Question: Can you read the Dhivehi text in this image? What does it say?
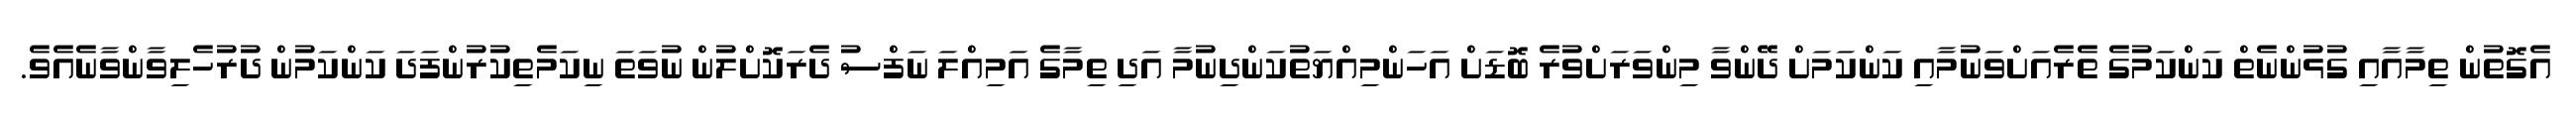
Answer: އެގޮތުން ތިމާއާއި ގުޅުންނެތް ކަންކަމުގެ ތެރެއަށްވަނުމާއި ކަންކަމަށް ދޭންވާ މިންވަރަށްވުރެ ބޮޑަށް އަހަންމިއްޔަތުކަންދިނުމާ އަދި ތިމާގެ އަމިއްލަ ނަފްސު ދެރަކޮށްލުން ނުވަތަ ނިކަމެތިކުރުންފަދަ ކަންކަމުން ދުރުހެލިވާންވާނެއެވެ.